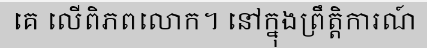
គេ លើពិភពលោក។ នៅក្នុងព្រឹត្តិការណ៍